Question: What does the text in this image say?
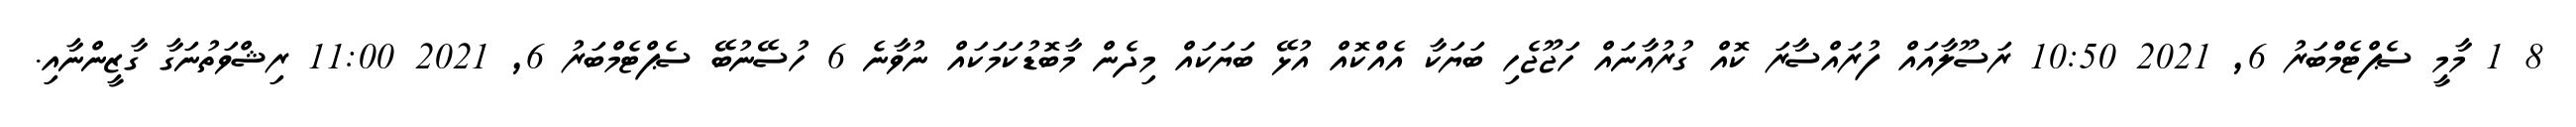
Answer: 8 1 މާމީ ސެޕްޓެމްބަރު 6, 2021 10:50 ރަސޫލާއައް ފުރައްސާރަ ކޮއް ގުރުއާނައް ހަޖޫޖެހި ބަޔަކާ އެއްކޮއް އުޅޭ ބަޔަކައް މިދެން މާބޮޑުކަމަކައް ނުވާނެ 6 ހުސޭނުބޭ ސެޕްޓެމްބަރު 6, 2021 11:00 ރިޝްވަތުނަގާ ގާޒީންނާއި.